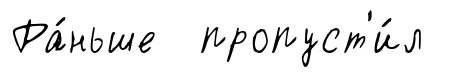
Ра́ньше пропуст'и́л